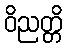
ဝိညတ္တိ